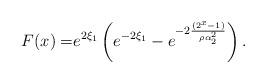
LaTeX: \begin{align*}F (x) =& e^{2\xi_1}\left( e^{-2\xi_1}-e^{- 2\frac{(2^x-1)}{\rho\alpha_2^2}}\right).\end{align*}